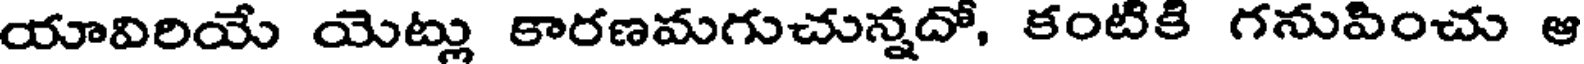
యావిరియే యెట్లు కారణమగుచున్నదో, కంటికి గనువించు ఆ